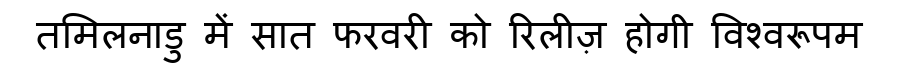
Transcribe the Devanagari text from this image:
तमिलनाडु में सात फरवरी को रिलीज़ होगी विश्वरूपम